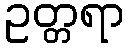
ဥတ္တရာ